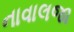
નાવાલજા